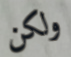
ولكن